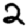
Digit: 2